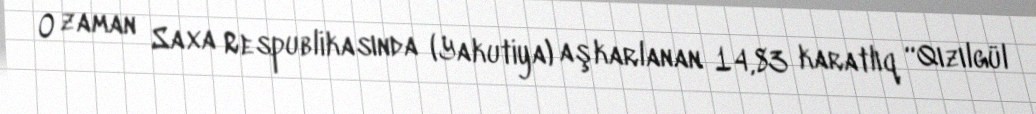
O zaman Saxa Respublikasında (Yakutiya) aşkarlanan 14,83 karatlıq “Qızılgül